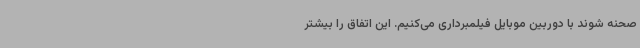
صحنه شوند با دوربین موبایل فیلمبرداری می‌کنیم. این اتفاق را بیشتر